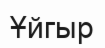
Ұйгыр